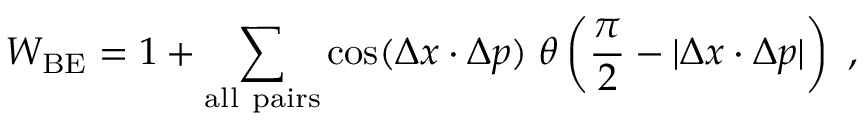
W _ { \mathrm { B E } } = 1 + \sum _ { \mathrm { a l l ~ p a i r s } } \cos ( \Delta x \cdot \Delta p ) \; \theta \left( \frac { \pi } { 2 } - | \Delta x \cdot \Delta p | \right) ~ ,